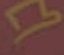
Y